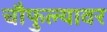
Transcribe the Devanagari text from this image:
चौफुल्यावर